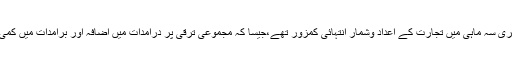
اس کے علاوہ ،تیسری سہ ماہی میں تجارت کے اعداد وشمار انتہائی کمزور تھے،جیسا کہ مجموعی ترقی پر درآمدات میں اضافہ اور برآمدات میں کمی نے توازن پیدا کیا۔